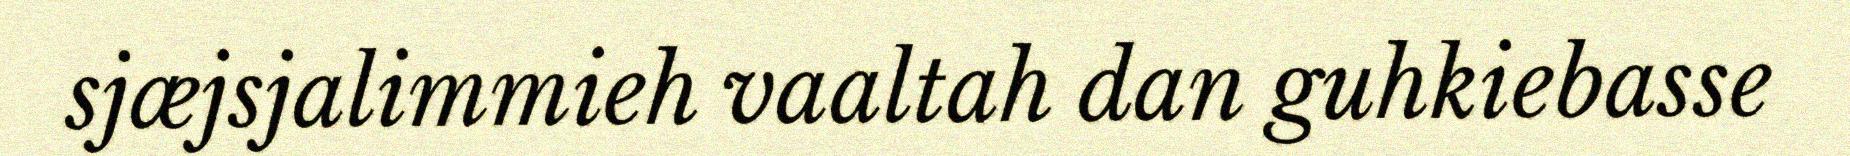
sjæjsjalimmieh vaaltah dan guhkiebasse